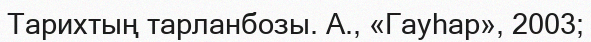
Тарихтың тарланбозы. А., «Гауһар», 2003;